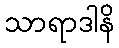
သာရာဒါနိ